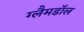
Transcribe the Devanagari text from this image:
ग्लैमडॉल